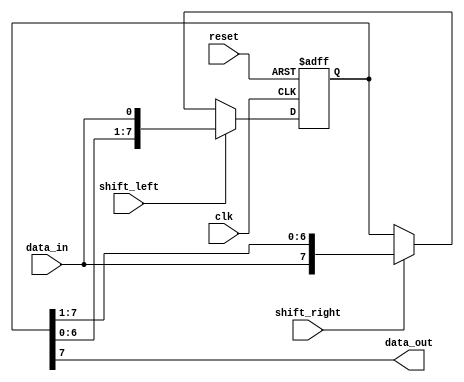
module siso_shift_register (
    input clk,
    input reset,
    input data_in,
    input shift_left,
    input shift_right,
    output reg data_out
);

parameter WIDTH = 8; // Number of flip-flops in the chain

reg [WIDTH-1:0] reg_data;

always @(posedge clk or posedge reset) begin
    if (reset) begin
        reg_data <= 8'b0;
    end else begin
        if (shift_left) begin
            reg_data <= {reg_data[WIDTH-2:0], data_in};
        end else if (shift_right) begin
            reg_data <= {data_in, reg_data[WIDTH-1:1]};
        end
    end
end

always @* begin
    data_out = reg_data[WIDTH-1];
end

endmodule